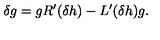
\delta g = g R ^ { \prime } ( \delta h ) - L ^ { \prime } ( \delta h ) g .